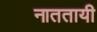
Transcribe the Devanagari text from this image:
नाततायी